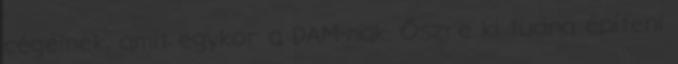
cégeinek, amit egykor a DAM-nak. Őszre ki tudna építeni